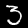
Label: 3